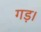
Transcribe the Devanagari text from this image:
गड़।